38_143685_box_Incident_Summaries_101-172
Agency: Department of War
Page 148
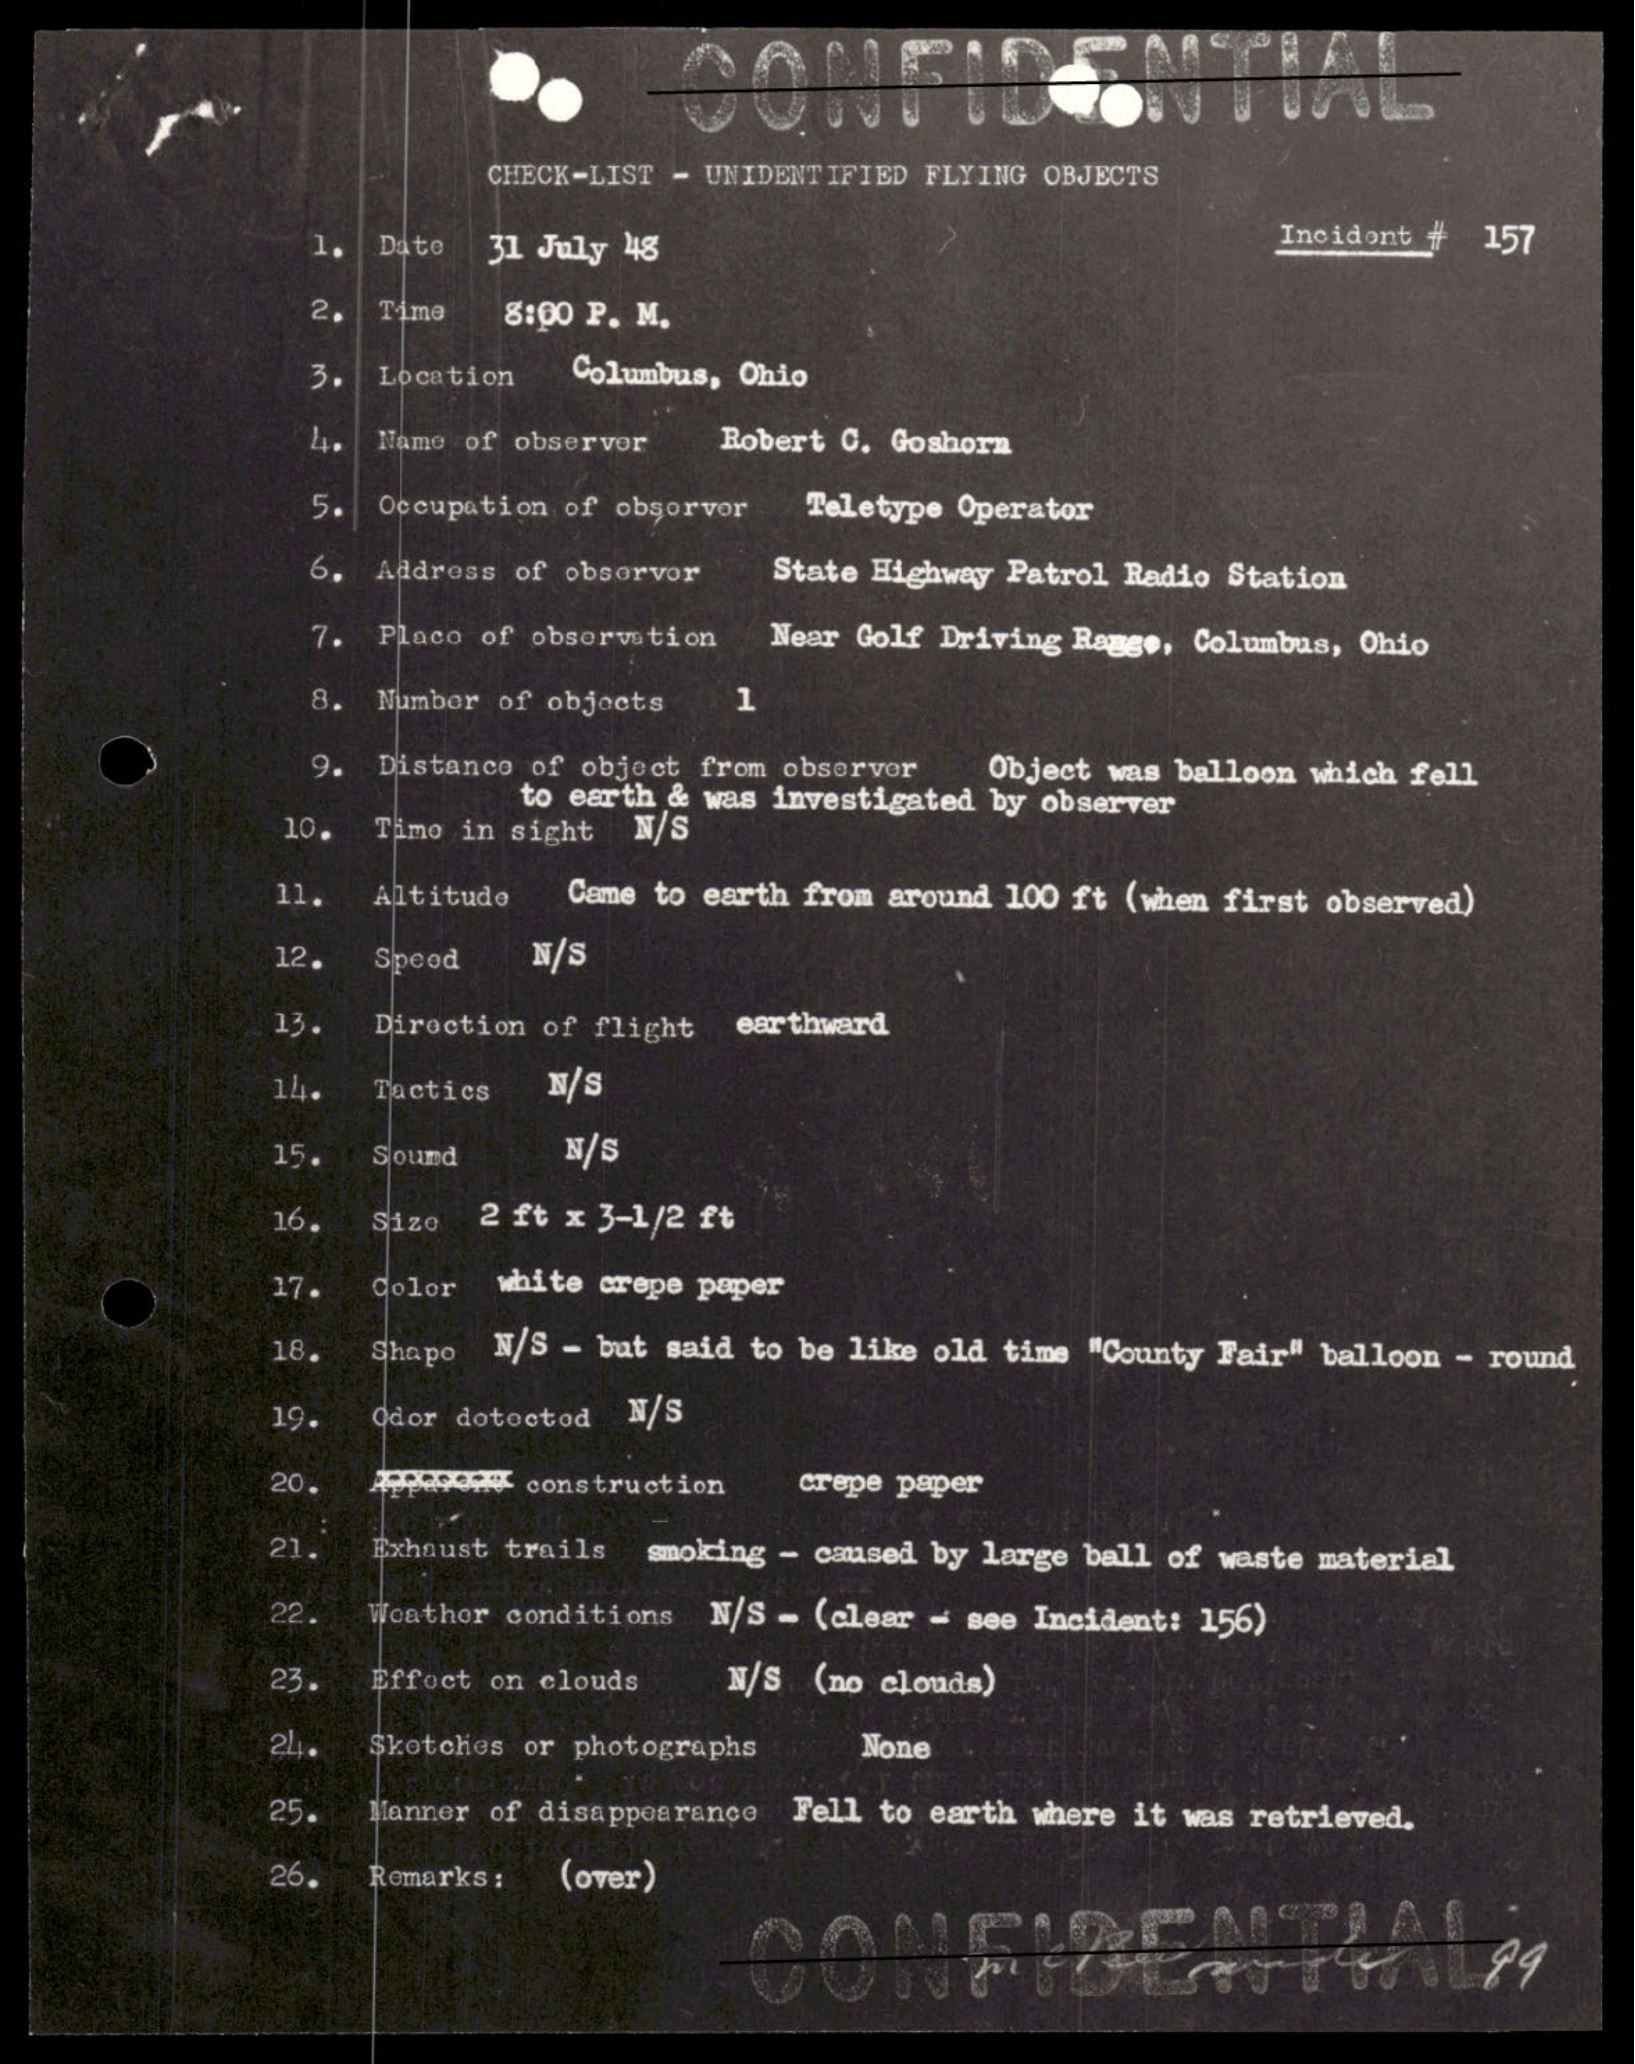